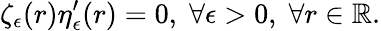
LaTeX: \zeta_{\epsilon}(r)\eta_{\epsilon}^{\prime}(r)=0,\; \forall\epsilon>0,\; \forall r\in\mathbb{R}.